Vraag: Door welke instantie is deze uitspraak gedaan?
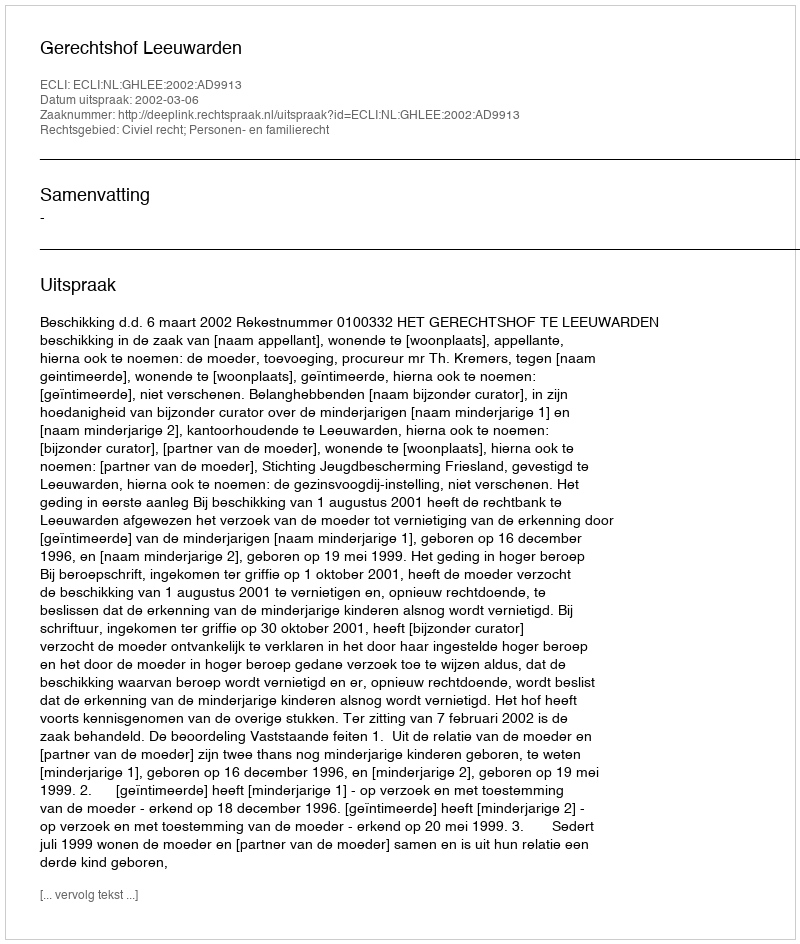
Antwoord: Gerechtshof Leeuwarden